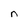
Character: n